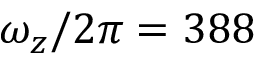
\omega _ { z } / 2 \pi = 3 8 8